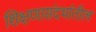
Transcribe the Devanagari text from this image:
शिक्षणासंदर्भातील